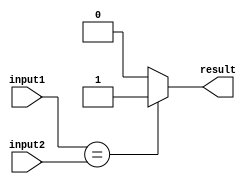
module comparator(
    input [7:0] input1,
    input [7:0] input2,
    output reg result
);

always @(*) begin
    if (input1 == input2) begin
        result = 1'b1; // equal
    end
    else if (input1 < input2) begin
        result = 1'b0; // less than
    end
    else begin
        result = 1'b0; // greater than
    end
end

endmodule